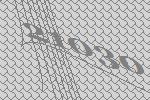
21030